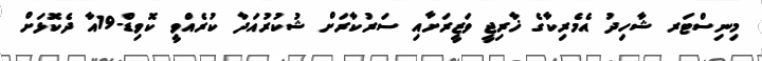
މިނިސްޓަރ ޝާހިދު އެމެރިކާގެ ޚާރިޖީ ވަޒީރަށާއި ސަރުކާރަށް ޝުކުރުއަދާ ކުރެއްވީ ކޮވިޑް-19އާ ދެކޮޅަށް